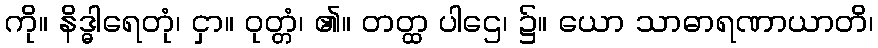
ကို။ နိဒ္ဓါရေတုံ၊ ငှာ။ ဝုတ္တံ၊ ၏။ တတ္ထ ပါဌေ၊ ၌။ ယော သာဓာရဏာယာတိ၊